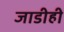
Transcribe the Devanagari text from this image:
जाडीही